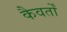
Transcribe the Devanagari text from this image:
कैवर्तों